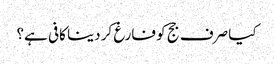
کیا صرف جج کو فارغ کر دینا کافی ہے؟